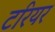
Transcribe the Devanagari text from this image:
टरियर